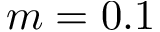
m = 0 . 1